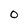
Character: 0